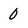
Character: 0